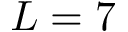
L = 7